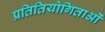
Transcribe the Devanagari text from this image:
प्रतितियोगिताओं